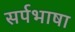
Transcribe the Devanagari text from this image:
सर्पभाषा